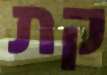
קת